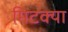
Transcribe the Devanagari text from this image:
मिटक्या